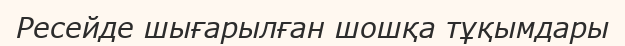
Ресейде шығарылған шошқа тұқымдары